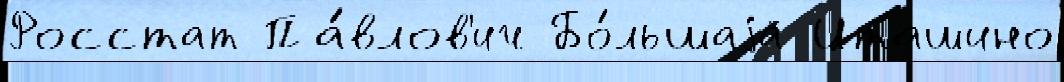
Росстат Па́влов'ич Бо́льшаjа Иташино